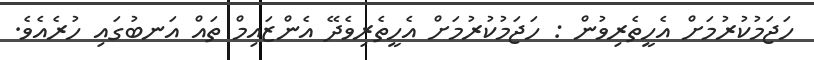
ހަޖަމުކުރުމަށް އެހީތެރިވުން : ހަޖަމުކުރުމަށް އެހީތެރިވެދޭ އެންޒައިމް ތައް އަނބުގައި ހުރެއެވެ.